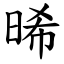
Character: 晞